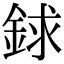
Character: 銶